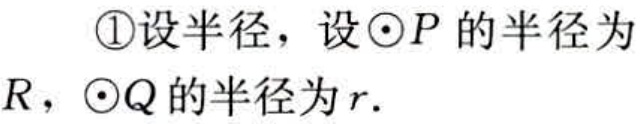
\textcircled{1}设半径，设\(\odot P\)的半径为\(R\)，\(\odot Q\)的半径为\(r\).